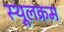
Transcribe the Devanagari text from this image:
स्थूलक्रम